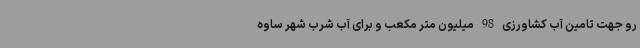
رو جهت تامین آب کشاورزی 98 میلیون متر مکعب و برای آب شرب شهر ساوه